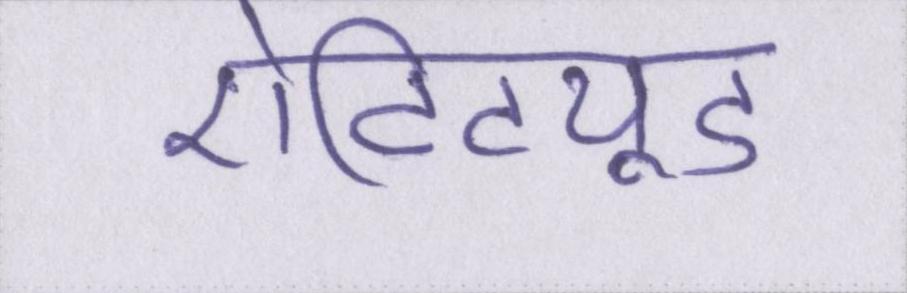
ऐटिट्यूड